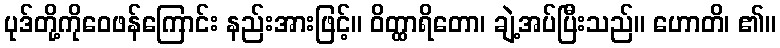
ပုဒ်တို့ကိုဝေဖန်ကြောင်း နည်းအားဖြင့်။ ဝိတ္ထာရိတော၊ ချဲ့အပ်ပြီးသည်။ ဟောတိ၊ ၏။